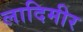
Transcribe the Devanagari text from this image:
लादिमीर